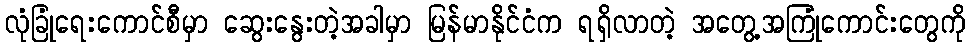
လုံခြုံရေးကောင်စီမှာ ဆွေးနွေးတဲ့အခါမှာ မြန်မာနိုင်ငံက ရရှိလာတဲ့ အတွေ့အကြုံကောင်းတွေကို